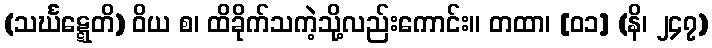
(သင်္ဃဋ္ဋေတိ) ဝိယ စ၊ ထိခိုက်သကဲ့သို့လည်းကောင်း။ တထာ၊ [၀၁] (နိ၊ ၂၄၇)